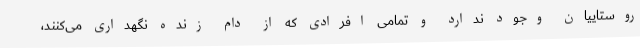
روستاییان وجود ندارد و تمامی افرادی که از دام زنده نگهداری می‌کنند،